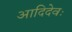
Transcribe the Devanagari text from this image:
आदिदेवः